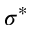
\sigma ^ { \ast }